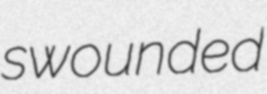
swounded